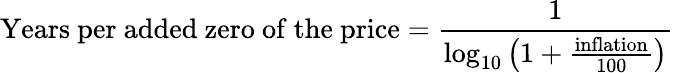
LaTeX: {\mathrm{Years~per~added~zero~of~the~price}}={\frac{1}{\log_{10}\left(1+{\frac{\mathrm{inflation}}{100}}\right)}}